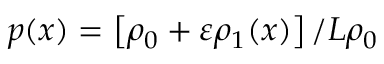
p ( x ) = \left[ \rho _ { 0 } + \varepsilon \rho _ { 1 } ( x ) \right] / L \rho _ { 0 }